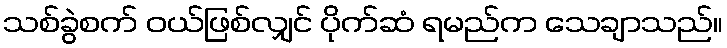
သစ်ခွဲစက် ဝယ်ဖြစ်လျှင် ပိုက်ဆံ ရမည်က သေချာသည်။